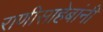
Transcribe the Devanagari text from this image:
राणीसाहेबांनी